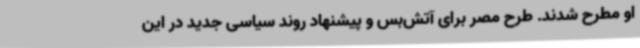
او مطرح شدند. طرح مصر برای آتش‌بس و پیشنهاد روند سیاسی جدید در این